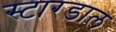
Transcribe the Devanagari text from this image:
स्टारडाल